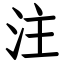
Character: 注